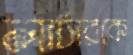
লার্চারকে